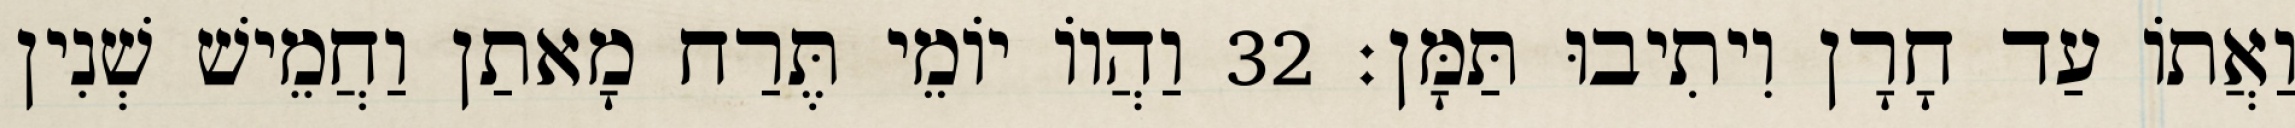
וַאֲתוֹ עַד חָרָן וִיתִיבוּ תַּמָּן׃ 32 וַהֲווֹ יוֹמֵי תֶּרַח מָאתַן וַחֲמֵישׁ שְׁנִין